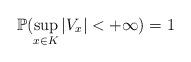
LaTeX: \begin{align*}\mathbb{P}(\sup_{x \in K}|V_x| < + \infty) = 1\end{align*}